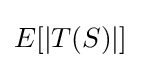
E[|T(S)|]